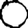
Digit: 0